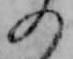
の